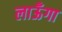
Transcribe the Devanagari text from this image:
लाऊँगा